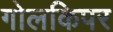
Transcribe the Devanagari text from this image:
गोलकिपर